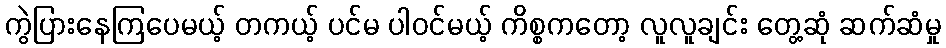
ကွဲပြားနေကြပေမယ့် တကယ့် ပင်မ ပါဝင်မယ့် ကိစ္စကတော့ လူလူချင်း တွေ့ဆုံ ဆက်ဆံမှု